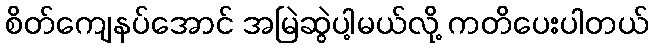
စိတ်ကျေနပ်အောင် အမြဲဆွဲပါ့မယ်လို့ ကတိပေးပါတယ်